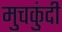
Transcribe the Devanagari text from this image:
मुचकुंदी